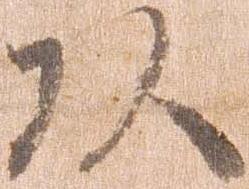
頭